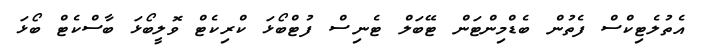
އެތުލެޓިކްސް ފެތުން ބެޑްމިންޓަން ޓޭބަލް ޓެނިސް ފުޓްބޯޅަ ކްރިކެޓް ވޮލީބޯޅަ ބާސްކެޓް ބޯޅަ